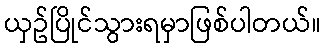
ယှဥ်ပြိုင်သွားရမှာဖြစ်ပါတယ်။